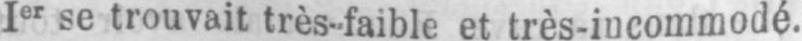
Ier se trouvait très-faible et très-incommodé.